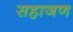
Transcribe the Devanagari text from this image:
सहाजण